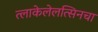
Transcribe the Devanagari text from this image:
त्लाकेलेलत्सिनचा